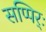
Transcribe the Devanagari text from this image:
सप्पिर्ः